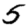
Digit: 5